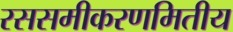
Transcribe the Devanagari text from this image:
रससमीकरणमितीय